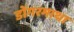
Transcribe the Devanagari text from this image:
डोंगरमाथा